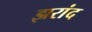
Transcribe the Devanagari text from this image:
झरांद